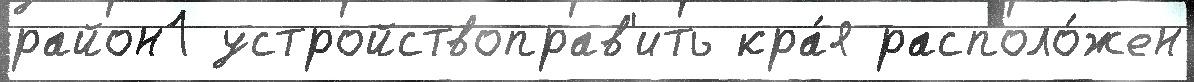
район1 устройствоправ'ить кра́я располо́жен